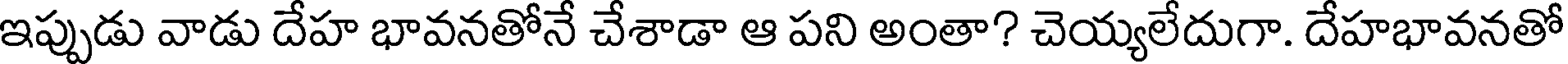
ఇప్పుడు వాడు దేహ భావనతోనే చేశాడా ఆ పని అంతా? చెయ్యలేదుగా. దేహభావనతో